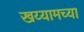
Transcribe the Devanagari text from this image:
खय्यामच्या